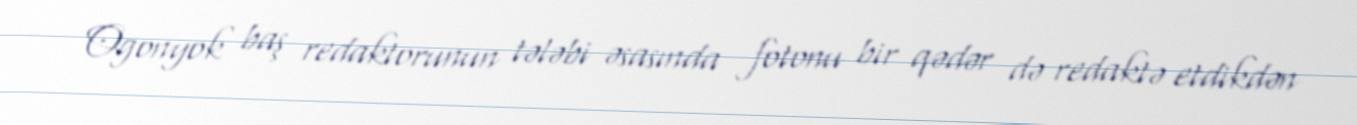
Ogonyok baş redaktorunun tələbi əsasında fotonu bir qədər də redaktə etdikdən